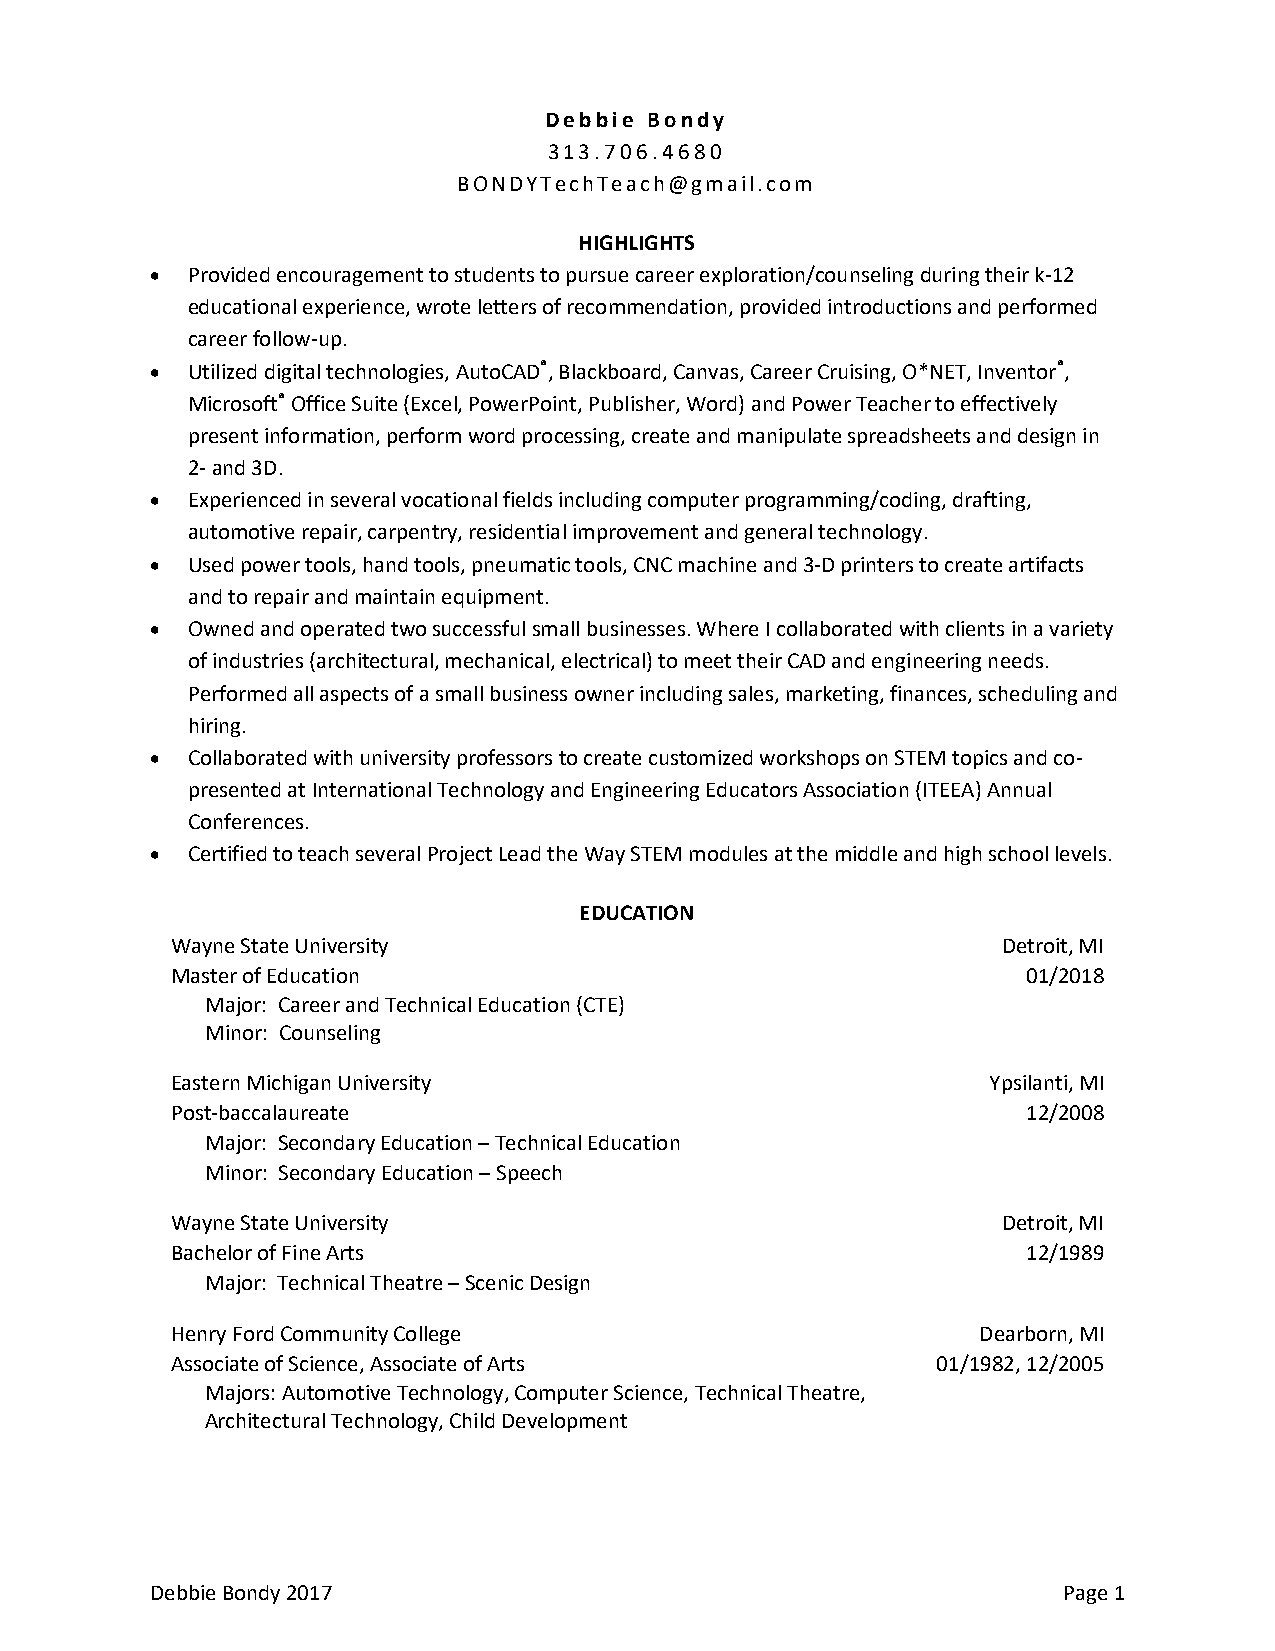
Debbie Bondy
 313.706.4680
 BONDYTechTeach@gmail.com
 HIGHLIGHTS
 • Provided encouragement to students to pursue career exploration/counseling during their k-12
 educational experience, wrote letters of recommendation, provided introductions and performed
 career follow-up.
 • Utilized digital technologies, AutoCAD®, Blackboard, Canvas, Career Cruising, O*NET, Inventor®,
 Microsoft® Office Suite (Excel, PowerPoint, Publisher, Word) and Power Teacher to effectively
 present information, perform word processing, create and manipulate spreadsheets and design in
 2- and 3D.
 • Experienced in several vocational fields including computer programming/coding, drafting,
 automotive repair, carpentry, residential improvement and general technology.
 • Used power tools, hand tools, pneumatic tools, CNC machine and 3-D printers to create artifacts
 and to repair and maintain equipment.
 • Owned and operated two successful small businesses. Where I collaborated with clients in a variety
 of industries (architectural, mechanical, electrical) to meet their CAD and engineering needs.
 Performed all aspects of a small business owner including sales, marketing, finances, scheduling and
 hiring.
 • Collaborated with university professors to create customized workshops on STEM topics and co-
 presented at International Technology and Engineering Educators Association (ITEEA) Annual
 Conferences.
 • Certified to teach several Project Lead the Way STEM modules at the middle and high school levels.
 EDUCATION
 Wayne State University                                 Detroit, MI
 Master of Education                                      01/2018
 Major: Career and Technical Education (CTE)
 Minor: Counseling
 Eastern Michigan University                            Ypsilanti, MI
 Post-baccalaureate                                       12/2008
 Major: Secondary Education – Technical Education
 Minor: Secondary Education – Speech
 Wayne State University                                 Detroit, MI
 Bachelor of Fine Arts                                    12/1989
 Major: Technical Theatre – Scenic Design
 Henry Ford Community College                          Dearborn, MI
 Associate of Science, Associate of Arts            01/1982, 12/2005
 Majors: Automotive Technology, Computer Science, Technical Theatre,
 Architectural Technology, Child Development
 Debbie Bondy 2017                                           Page 1